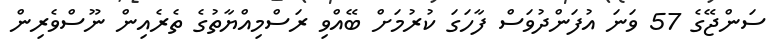
ސަންޖޭގެ 57 ވަނަ އުފަންދުވަސް ފާހަގަ ކުރުމަށް ބޭއްވި ރަސްމިއްޔާތުގެ ތެރެއިން ނޫސްވެރިން